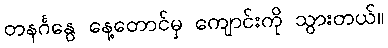
တနင်္ဂနွေ နေ့တောင်မှ ကျောင်းကို သွားတယ်။